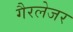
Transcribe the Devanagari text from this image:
गैरलेजर